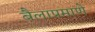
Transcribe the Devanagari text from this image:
बैलाप्रमाणे